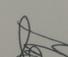
Signature authenticity: genuine